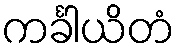
ကင်္ခါယိတံ